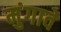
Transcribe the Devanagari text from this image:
मुंगावे